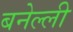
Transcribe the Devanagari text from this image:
बनेल्ली